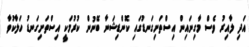
އަދި ލާއިރު ވެސް މާގިނައިން އިސްތަށިގަނޑުގައި ކޮންޑިޝަނާ ބޭނުން ކުރުމަކީ އިސްތަށިގަނޑު ހަލާކުވާ